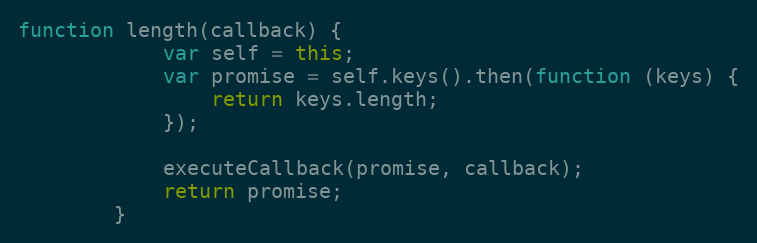
Language: JavaScript
function length(callback) {
	        var self = this;
	        var promise = self.keys().then(function (keys) {
	            return keys.length;
	        });

	        executeCallback(promise, callback);
	        return promise;
	    }